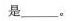
是___。